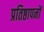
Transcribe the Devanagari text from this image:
प्रतिष्ठापनों